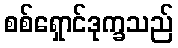
စစ်ရှောင်ဒုက္ခသည်